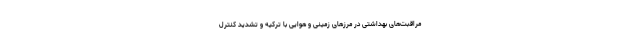
مراقبت‌های بهداشتی در مرزهای زمینی و هوایی با ترکیه و تشدید کنترل